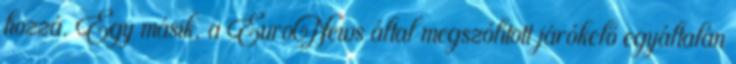
hozzá. Egy másik, a EuroNews által megszólított járókelő egyáltalán